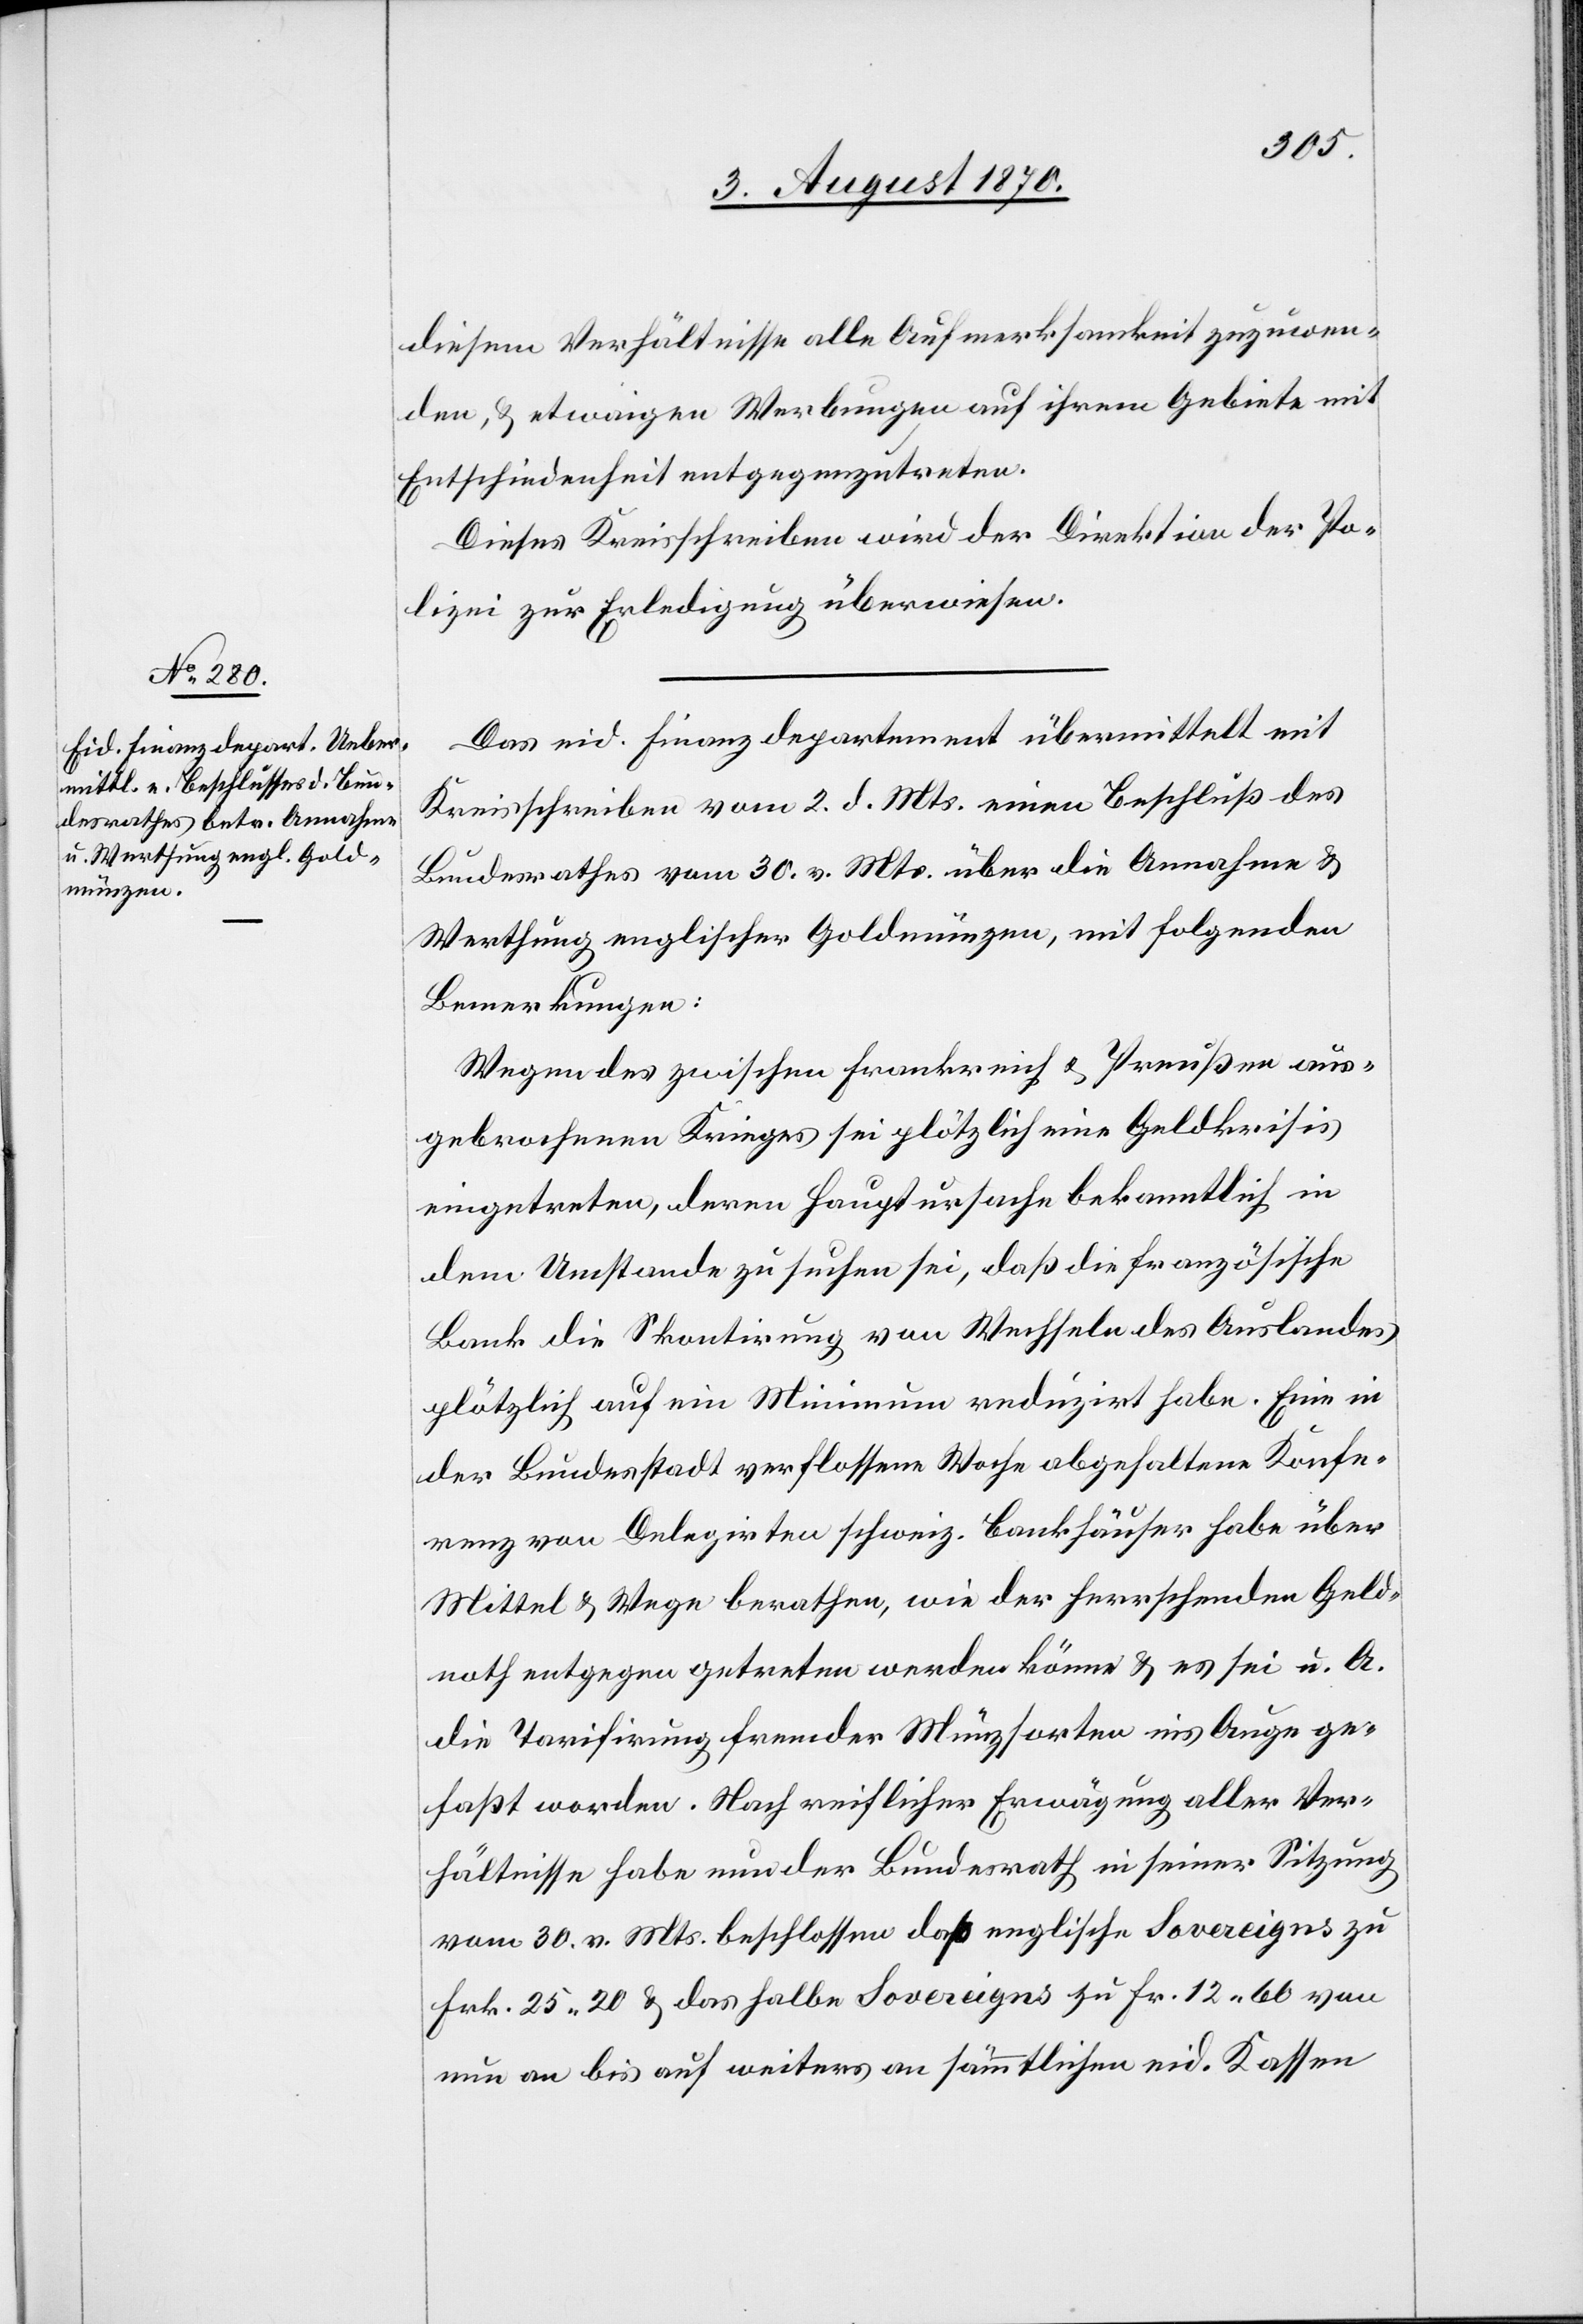
4. August 1870.]
diesem Verhältnisse alle Aufmerksamkeit zuzuwen¬
den, & etwaigen Werbungen auf ihrem Gebiete mit
Entschiedenheit entgegenzutreten.
Dieses Kreisschreiben wird der Direktion der Po¬
lizei zur Erledigung überwiesen.
Das eid. Finanzdepartement übermittelt mit
Kreisschreiben vom 2. d. Mts. einen Beschluß des
Bundesrathes vom 30. v. Mts. über die Annahme &
Werthung englischer Goldmünzen, mit folgenden
Bemerkungen:
Wegen des zwischen Frankreich & Preußen aus¬
gebrochenen Krieges sei plötzlich eine Geldkrisis
eingetreten, deren Hauptursache bekanntlich in
dem Umstande zu suchen sei, daß die französische
Bank die Skontirung von Wechseln des Auslandes
plötzlich auf ein Minimum reduzirt habe. Eine in
der Bundesstadt verflossene Woche abgehaltene Konfe¬
renz von Delegirten schweiz. Bankhäuser habe über
Mittel & Wege berathen, wie der herrschenden Geld¬
noth entgegen getreten werden könne & es sei u. A.
die Tarifirung fremder Münzsorten ins Auge ge¬
faßt worden. Nach reiflicher Erwägung aller Ver¬
hältnisse habe nun der Bundesrath in seiner Sitzung
vom 30. v. Mts. beschlossen daß englische Sovereigns zu
nun an bis auf weiteres an sämmtlichen eid. Kassen